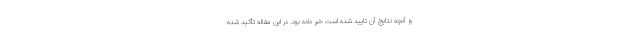
و آنچه نتایج آن تایید شده است خبر داده بود. در این مقاله تأکید شده